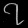
Digit: ၇